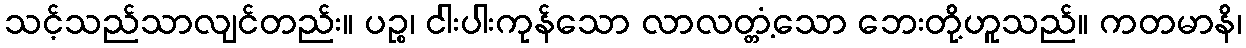
သင့်သည်သာလျင်တည်း။ ပဉ္စ၊ ငါးပါးကုန်သော လာလတ္တံ့သော ဘေးတို့ဟူသည်။ ကတမာနိ၊